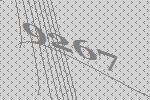
9267